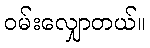
ဝမ်းလျှောတယ်။